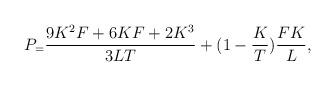
LaTeX: \begin{align*}P_=\frac{9K^2F+6KF+2K^3}{3LT}+(1-\frac{K}{T})\frac{FK}{L}, \end{align*}